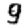
Digit: 9